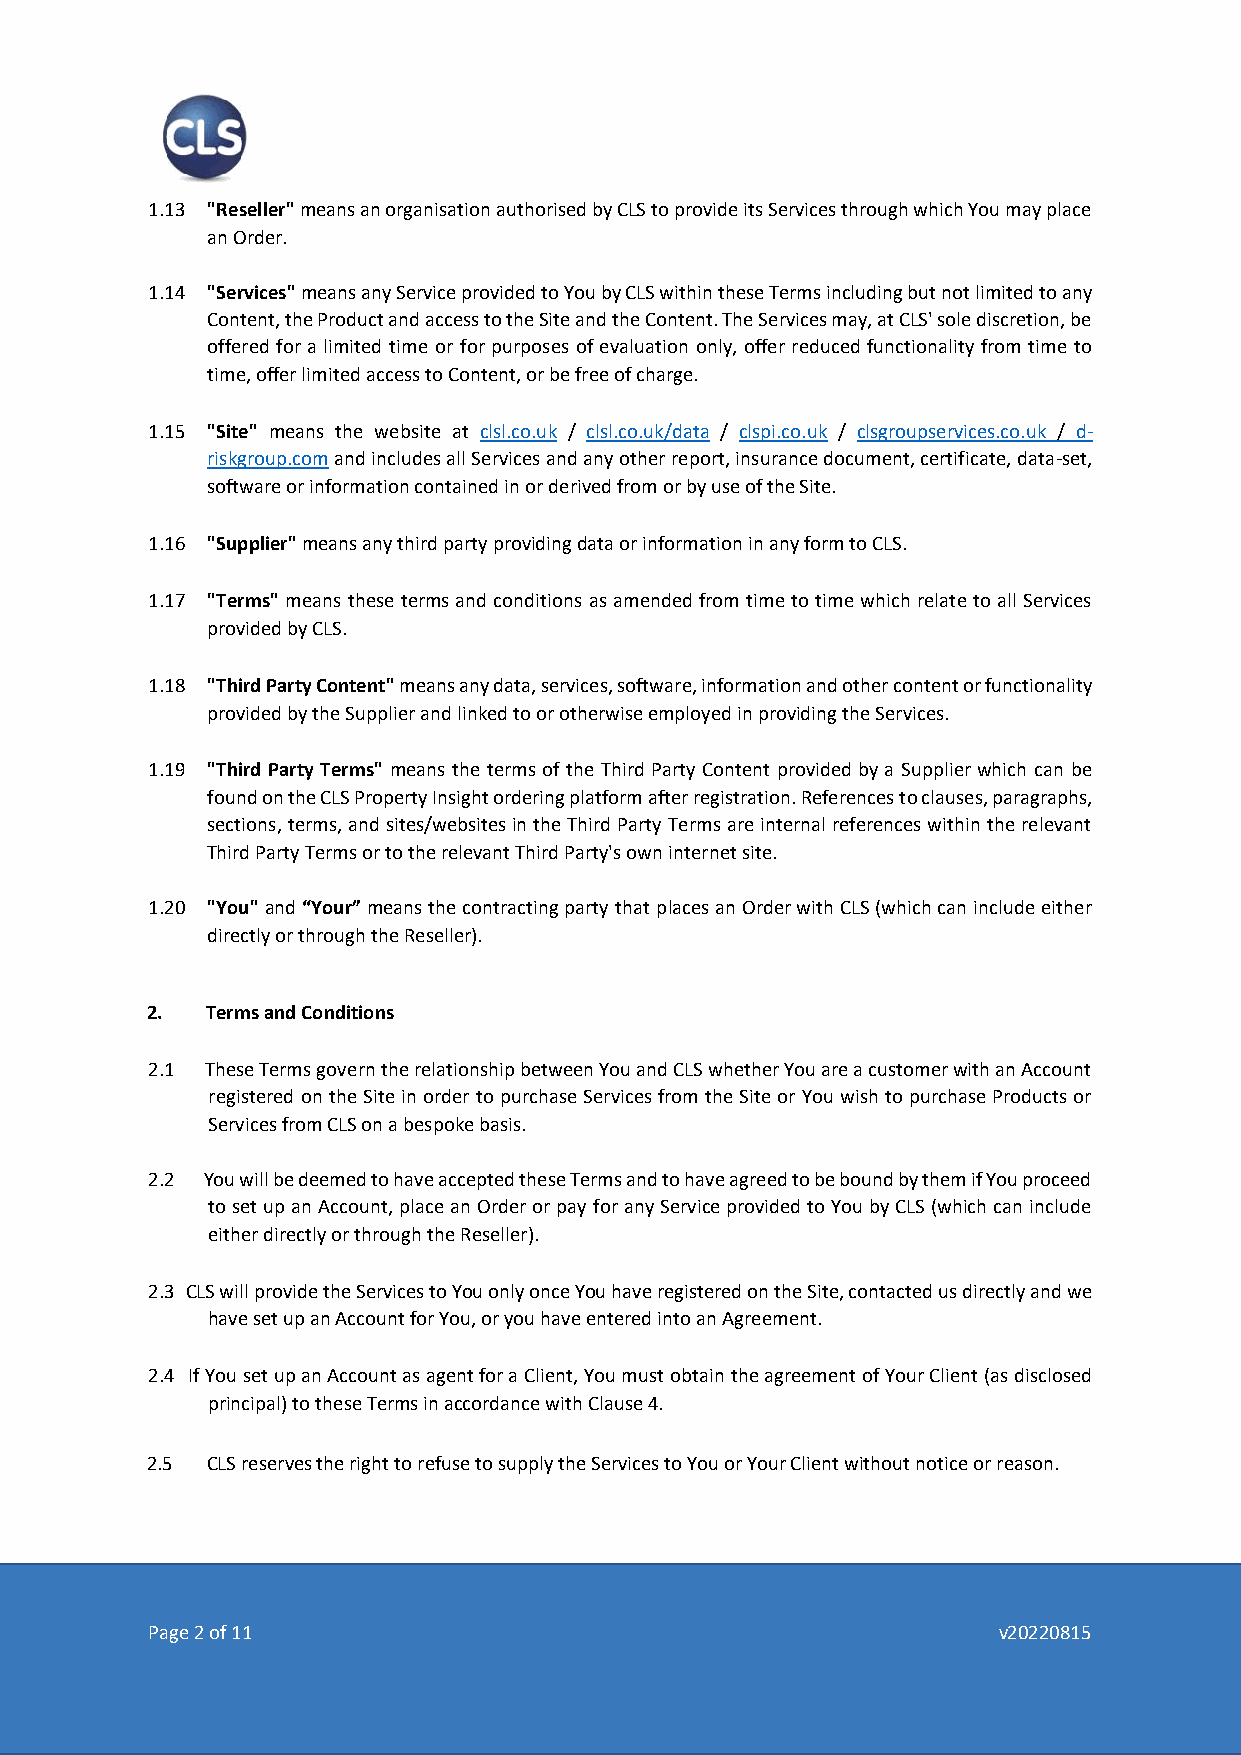
1.13 "Reseller" means an organisation authorised by CLS to provide its Services through which You may place
 an Order.
 1.14 "Services" means any Service provided to You by CLS within these Terms including but not limited to any
 Content, the Product and access to the Site and the Content. The Services may, at CLS' sole discretion, be
 offered for a limited time or for purposes of evaluation only, offer reduced functionality from time to
 time, offer limited access to Content, or be free of charge.
 1.15 "Site" means the website at clsl.co.uk / clsl.co.uk/data / clspi.co.uk / clsgroupservices.co.uk / d-
 riskgroup.com and includes all Services and any other report, insurance document, certificate, data-set,
 software or information contained in or derived from or by use of the Site.
 1.16 "Supplier" means any third party providing data or information in any form to CLS.
 1.17 "Terms" means these terms and conditions as amended from time to time which relate to all Services
 provided by CLS.
 1.18 "Third Party Content" means any data, services, software, information and other content or functionality
 provided by the Supplier and linked to or otherwise employed in providing the Services.
 1.19 "Third Party Terms" means the terms of the Third Party Content provided by a Supplier which can be
 found on the CLS Property Insight ordering platform after registration. References to clauses, paragraphs,
 sections, terms, and sites/websites in the Third Party Terms are internal references within the relevant
 Third Party Terms or to the relevant Third Party's own internet site.
 1.20 "You" and “Your” means the contracting party that places an Order with CLS (which can include either
 directly or through the Reseller).
 2.  Terms and Conditions
 2.1 These Terms govern the relationship between You and CLS whether You are a customer with an Account
 registered on the Site in order to purchase Services from the Site or You wish to purchase Products or
 Services from CLS on a bespoke basis.
 2.2 You will be deemed to have accepted these Terms and to have agreed to be bound by them if You proceed
 to set up an Account, place an Order or pay for any Service provided to You by CLS (which can include
 either directly or through the Reseller).
 2.3 CLS will provide the Services to You only once You have registered on the Site, contacted us directly and we
 have set up an Account for You, or you have entered into an Agreement.
 2.4 If You set up an Account as agent for a Client, You must obtain the agreement of Your Client (as disclosed
 principal) to these Terms in accordance with Clause 4.
 2.5 CLS reserves the right to refuse to supply the Services to You or Your Client without notice or reason.
 Page 2 of 11                                            v20220815